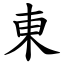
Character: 東